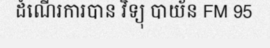
ដំណើរការបាន វិទ្យុ បាយ័ន FM 95